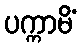
ပက္ကာမိံ